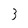
Character: 3